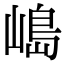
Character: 𡻅